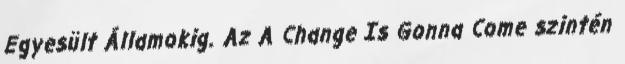
Egyesült Államokig. Az A Change Is Gonna Come szintén